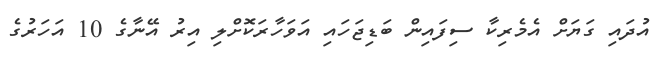
އުދައި ގަޔަށް އެމެރިކާ ސިފައިން ބަޑިޖަހައި އަވަހާރަކޮށްލި އިރު އޭނާގެ 10 އަހަރުގެ